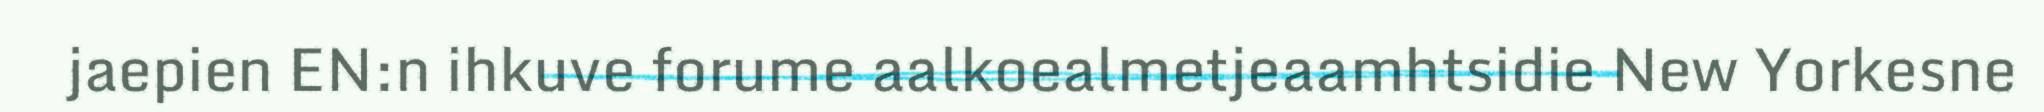
jaepien EN:n ihkuve forume aalkoealmetjeaamhtsidie New Yorkesne